Leaving Certificate Examination, 1924
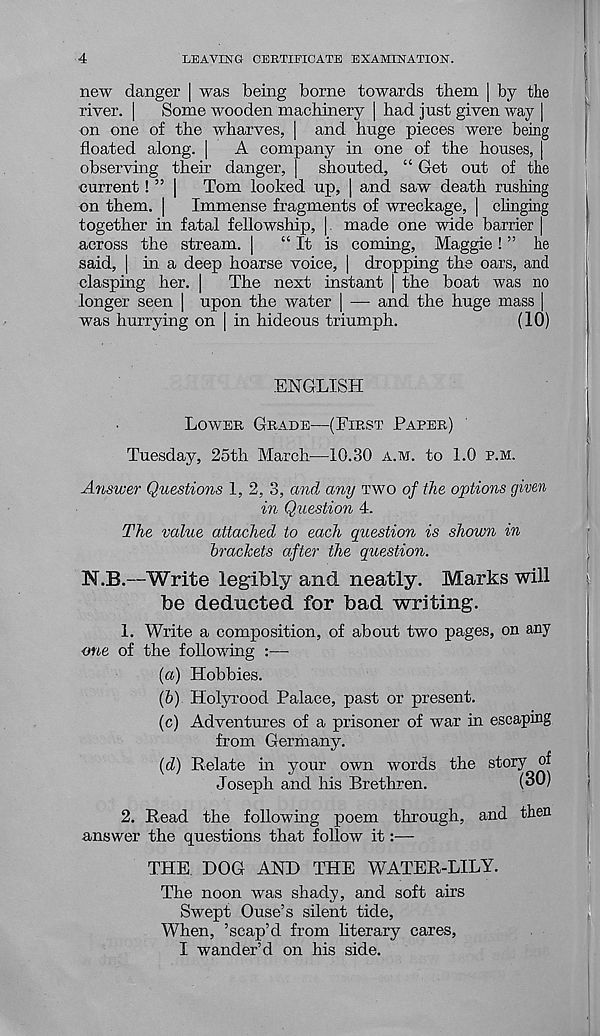
4
LEAVING CERTIFICATE EXAMINATION.
new danger | was being borne towards them | by the
river. | Some wooden machinery [ had just given way |
on one of the wharves, | and huge pieces were being
floated along. | A company in one of the houses, |
observing their danger, | shouted, “ Get out of the
current! ” | Tom looked up, | and saw death rushing
on them. | Immense fragments of wreckage, | clinging
together in fatal fellowship, | made one wide barrier |
across the stream. | “ It is coming, Maggie ! ” he
said, | in a deep hoarse voice, | dropping the oars, and
clasping her. | The next instant j the boat was no
longer seen | upon the water | — and the huge mass |
was hurrying on | in hideous triumph.
(10)
ENGLISH
LOWEK GRADE—(FIRST PAPER)
Tuesday, 25th March—10.30 A.M. to 1.0 P.M.
Answer Questions 1, 2, 3, and any TWO of the options given
in Question 4.
The value attached to each question is shown in
brackets after the question.
N.B.—Write legibly and neatly. Marks will
be deducted for bad writing.
1. Write a composition, of about two pages, on any
one of the following :—
{a) Hobbies.
{b) Holyrood Palace, past or present.
(c) Adventures of a prisoner of war in escaping
from Germany.
{d) Relate in your own words the story of
Joseph and his Brethren.
(oo)
2. Read the following poem through, and then
answer the questions that follow it:—
THE DOG AND THE WATER-LILY.
The noon was shady, and soft airs
Swept Ouse’s silent tide,
When, ’scap’d from hterary cares,
I wander’d on his side.